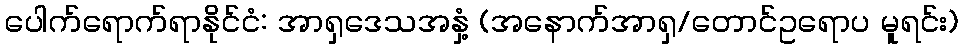
ပေါက်ရောက်ရာနိုင်ငံ: အာရှဒေသအနှံ့ (အနောက်အာရှ/တောင်ဥရောပ မူရင်း)